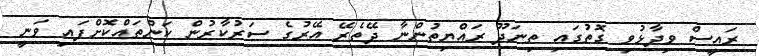
ރައީސް ވިދާޅުވި ގޮތުގައި ތިނަދޫ ރައްޔިތުންނާ ދޭތެރޭ އޭރުގެ ސަރުކާރުން ކަންތައްކޮށްފައި ވަނީ